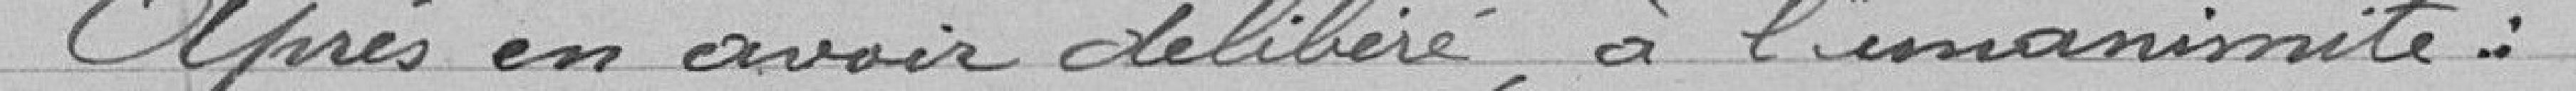
après en avoir délibéré à l'unanimité :